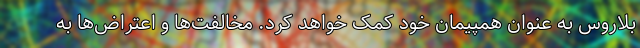
بلاروس به عنوان همپیمان خود کمک خواهد کرد. مخالفت‌ها و اعتراض‌ها به